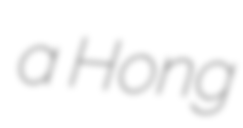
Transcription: a Hong